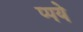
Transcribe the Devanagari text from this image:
प्पये